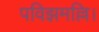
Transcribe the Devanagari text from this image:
पविझमल्लि।